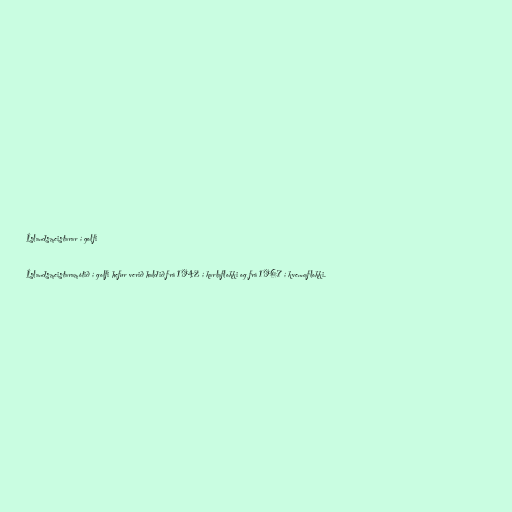
Íslandsmeistarar í golfi

Íslandsmeistaramótið í golfi hefur verið haldið frá 1942 í karlaflokki og frá 1967 í kvennaflokki.